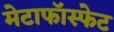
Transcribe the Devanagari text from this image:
मेटाफॉस्फेट